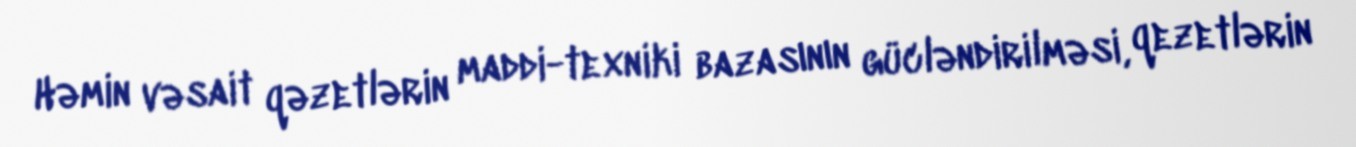
Həmin vəsait qəzetlərin maddi-texniki bazasının gücləndirilməsi, qezetlərin